Leaving Certificate Examination (including Day School Certificate (Higher) General paper), 1938
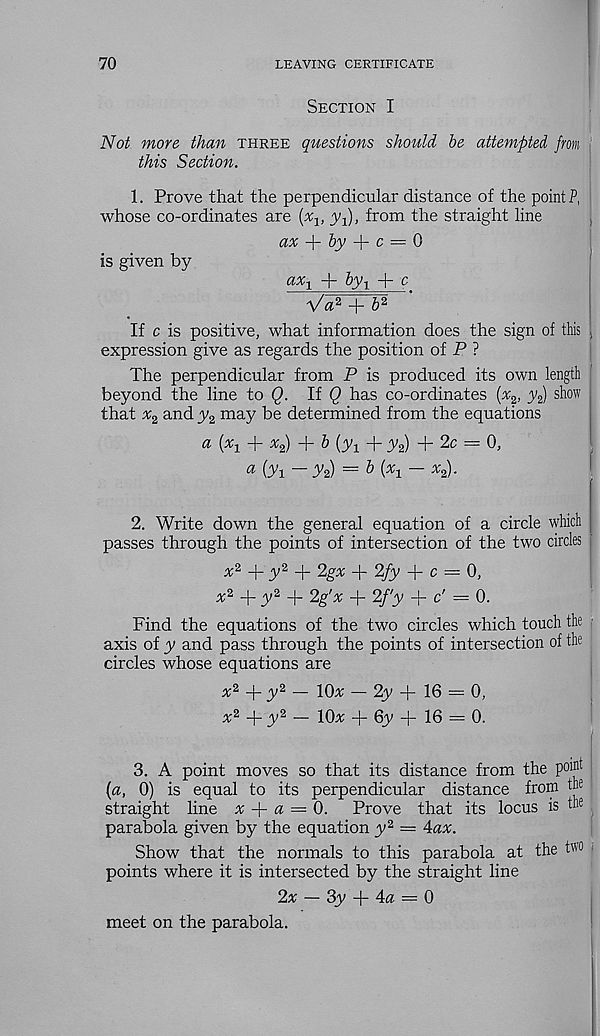
70
LEAVING CERTIFICATE
Section I
Not more than three questions should be attempted from
this Section.
1. Prove that the perpendicular distance of the point P,
whose co-ordinates are (%, yP, from the straight line
is given by
ax -\- by -\- c = 0
ax x
by r
c
a/« 2 + & 2
i
If c is positive, what information does the sign of this !
expression give as regards the position of P ?
The perpendicular from P is produced its own length
beyond the line to Q. If Q has co-ordinates (%, y 2 ) show
that x 2 and y 2 may be determined from the equations
a (x 1 + x 2 ) + b [y 1 + y 2 ) + 2c = 0,
« (Ti - T 2 ) = & (% - ^)-
2. Write down the general equation of a circle which
passes through the points of intersection of the two circles
x 2 -j-y 2 + 2gx + 2/y + c = 0,
x 2
y 2
2g'x + 2f'y -f c' = 0.
Find the equations of the two circles which touch the
axis of y and pass through the points of intersection of the
circles whose equations are
x 2 + y 2 — 10* — 2y -f- 16 = 0,
X 2 y_y2 _ 10x + 6y + 16 = 0.
3. A point moves so that its distance from the poid
(a, 0) is equal to its perpendicular distance from th
straight line x
a = 0.
Prove that its locus is the
parabola given by the equation y 2 = 4ax.
Show that the normals to this parabola at the two
points where it is intersected by the straight line
2* — 3y + 4« = 0
meet on the parabola.